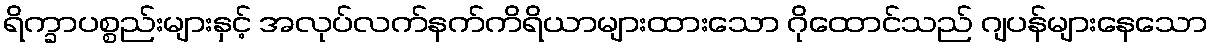
ရိက္ခာပစ္စည်းများနှင့် အလုပ်လက်နက်ကိရိယာများထားသော ဂိုထောင်သည် ဂျပန်များနေသော